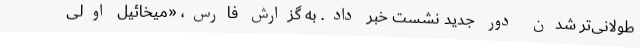
طولانی‌تر شدن دور جدید نشست خبر داد. به گزارش فارس، «میخائیل اولی